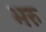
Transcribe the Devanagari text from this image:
भरु